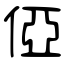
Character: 俹